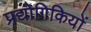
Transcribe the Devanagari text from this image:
प्रद्योगिकियों